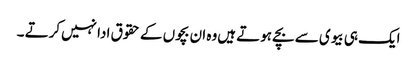
ایک ہی بیوی سے بچے ہوتے ہیں‌وہ ان بچوں کے حقوق ادا نہیں‌کرتے ۔